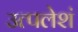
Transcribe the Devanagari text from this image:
उत्पलेशं